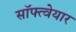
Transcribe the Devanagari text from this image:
सॉफ्त्वेयार